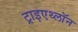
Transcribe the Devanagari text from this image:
ट्राइएथ्लॉन